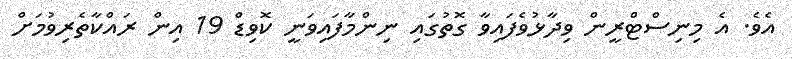
އެވެ. އެ މިނިސްޓްރީން ވިދާޅުވެފައިވާ ގޮތުގައި ނިންމާފައިވަނީ ކޮވިޑް 19 އިން ރައްކާތެރިވުމަށް